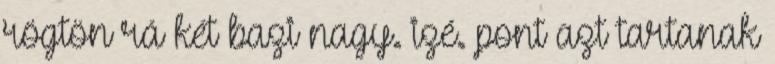
rögtön rá két bazi nagy. izé. pont azt tartanak